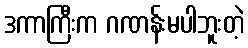
ဒကာကြီးက ဂဏန်းမပါဘူးတဲ့